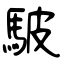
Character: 駊